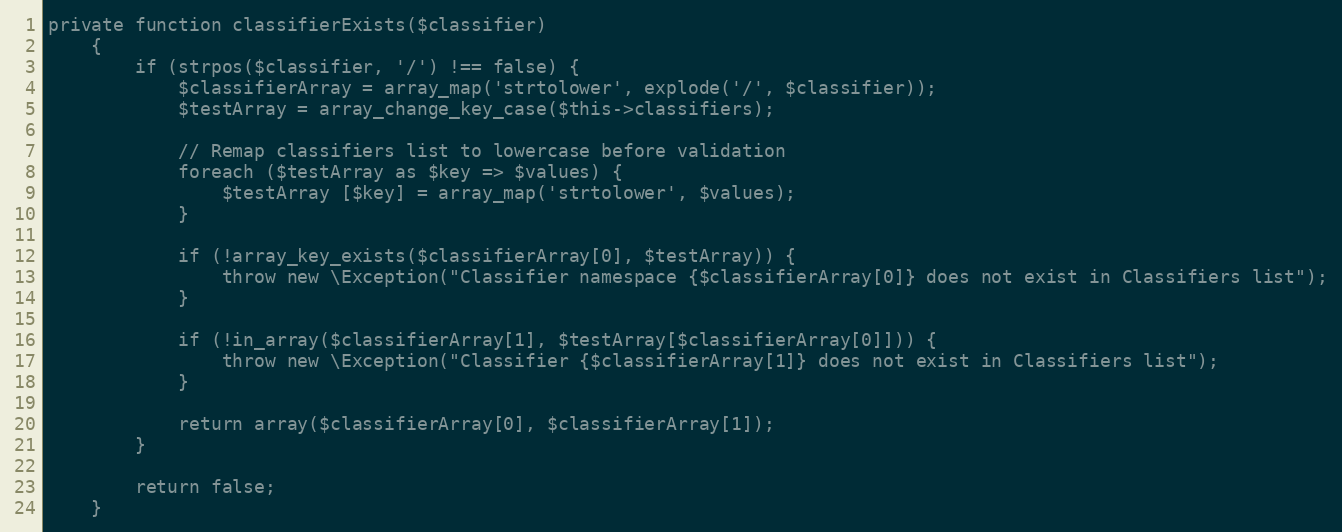
Language: PHP
private function classifierExists($classifier)
    {
        if (strpos($classifier, '/') !== false) {
            $classifierArray = array_map('strtolower', explode('/', $classifier));
            $testArray = array_change_key_case($this->classifiers);

            // Remap classifiers list to lowercase before validation
            foreach ($testArray as $key => $values) {
                $testArray [$key] = array_map('strtolower', $values);
            }

            if (!array_key_exists($classifierArray[0], $testArray)) {
                throw new \Exception("Classifier namespace {$classifierArray[0]} does not exist in Classifiers list");
            }

            if (!in_array($classifierArray[1], $testArray[$classifierArray[0]])) {
                throw new \Exception("Classifier {$classifierArray[1]} does not exist in Classifiers list");
            }

            return array($classifierArray[0], $classifierArray[1]);
        }

        return false;
    }